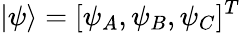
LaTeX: |\psi\rangle=[\psi_{A},\psi_{B},\psi_{C}]^{T}